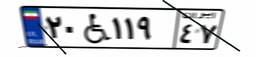
۲۰W۱۱۹۴۷